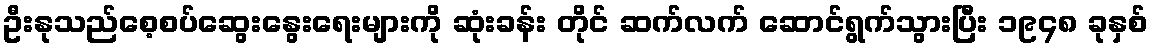
ဦးနုသည်စေ့စပ်ဆွေးနွေးရေးများကို ဆုံးခန်း တိုင် ဆက်လက် ဆောင်ရွက်သွားပြီး ၁၉၄၈ ခုနှစ်